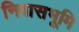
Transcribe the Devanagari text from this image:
निवासभूमि